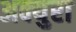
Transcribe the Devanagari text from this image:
अक्युरा